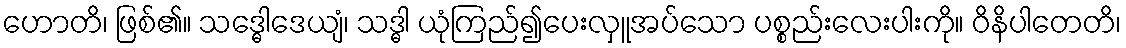
ဟောတိ၊ ဖြစ်၏။ သဒ္ဓေါဒေယျံ၊ သဒ္ဓါ ယုံကြည်၍ပေးလှူအပ်သော ပစ္စည်းလေးပါးကို။ ဝိနိပါတေတိ၊